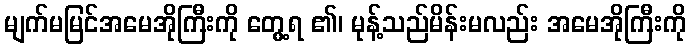
မျက်မမြင်အမေအိုကြီးကို တွေ့ရ ၏၊ မုန့်သည်မိန်းမလည်း အမေအိုကြီးကို